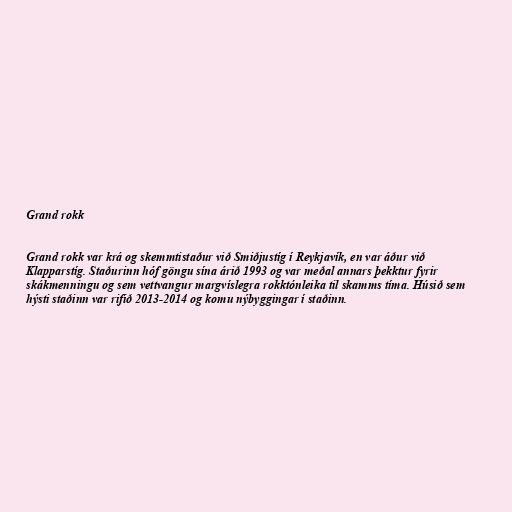
Grand rokk

Grand rokk var krá og skemmtistaður við Smiðjustíg í Reykjavík, en var áður við
Klapparstíg. Staðurinn hóf göngu sína árið 1993 og var meðal annars þekktur fyrir
skákmenningu og sem vettvangur margvíslegra rokktónleika til skamms tíma. Húsið sem
hýsti staðinn var rifið 2013-2014 og komu nýbyggingar í staðinn.